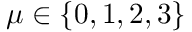
\mu \in \{ 0 , 1 , 2 , 3 \}